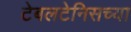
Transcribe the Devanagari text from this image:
टेबलटेनिसच्या